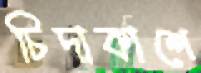
চিদাকাশে